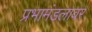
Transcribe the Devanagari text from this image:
प्रभामंडलावर